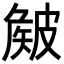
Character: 𥀄